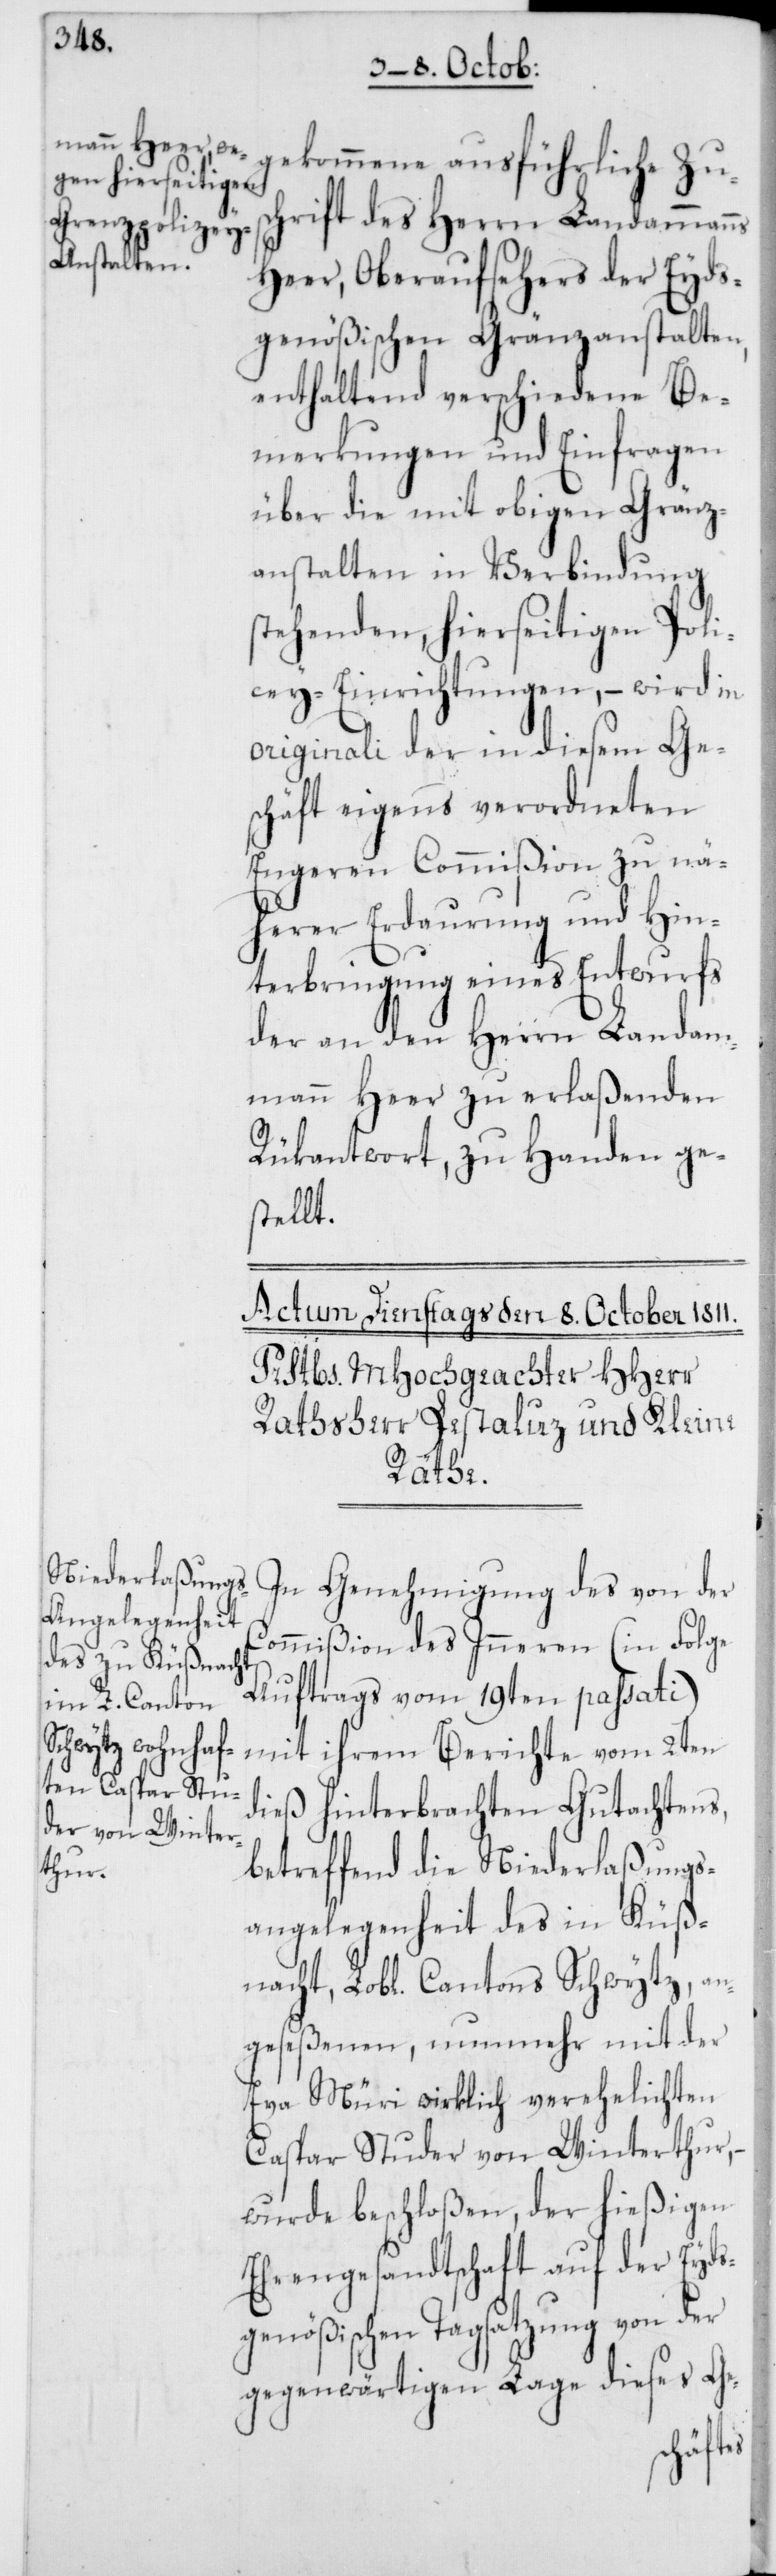
hrift des Herrn Landammanns
Heer, Oberaufsehers der Eyds¬
genößischen Gränzanstalten,
enthaltend verschiedene Be¬
merkungen und Einfragen
über die mit obigen Gränz¬
anstalten in Verbindung
stehenden, hierseitigen Poli¬
zey-Einrichtungen, – wird in
originali der in diesem Ge¬
schäft eigens verordneten
Engeren Commißion zu nä¬
herer Erdaurung und Hin¬
terbringung eines Entwurfs
der an den Herrn Landam¬
mann Heer zu erlaßenden
Rükantwort, zu Handen ge¬
stellt.
nacht,
In Genehmigung des von der
Commißion des Inneren (in Folge
Auftrags vom 19ten passati)
Schwytz, an¬
mit ihrem Berichte vom 2ten
dieß hinterbrachten Gutachtens,
betreffend die Niederlaßungs¬
angelegenheit des in Küß¬
geseßenen, nunmehr mit der
Eva Müri wirklich verehelichten
Caspar Studer von Winterthur,
wurde beschloßen, der hießigen
Ehrengesandtschaft auf der Eyds¬
genößischen Tagsatzung von der
gegenwärtigen Lage dieses Ge-